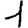
Digit: 1